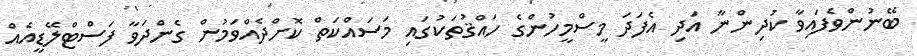
ބޭނުންވެފައިވާ ކުދިންނާ އަދި އެފަދަ މީސްމީހުންގެ ހައްޤުތަކުގައި މަސައްކަތް ކޮށްދެއްވަމުން ގެންދަވާ ފަސްޓްލޭޑީއެއް